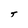
Character: T